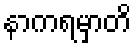
နာကရမှာတိ